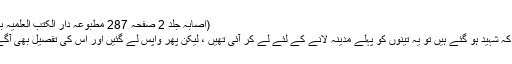
(اصابہ جلد 2 صفحہ 287 مطبوعہ دار الکتب العلمیہ بیروت 1995ء)
جب پتہ لگا ہے کہ شہید ہو گئے ہیں تو یہ تینوں کو پہلے مدینہ لانے کے لئے لے کر آئی تھیں ، لیکن پھر واپس لے گئیں اور اس کی تفصیل بھی آگے بیان ہوئی ہے۔